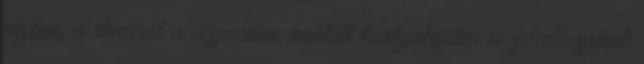
vízben, a divatról a vízparton, koktélt kortyolgatva se feledkezzünk